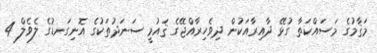
މަޤާމުގެ މަސައްކަތާ ގުޅޭ ދާއިރާއަކުން ދިވެހިރާއްޖޭގެ ޤައުމީ ސަނަދުތަކުގެ އޮނިގަނޑުގެ ލެވެލް 4